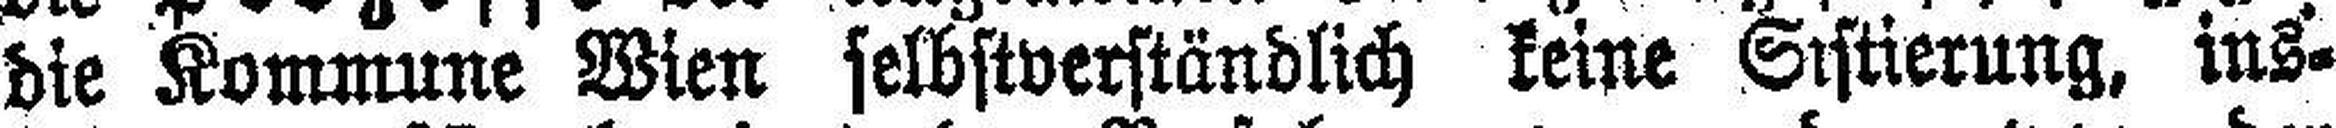
die Kommune Wien selbstverständlich keine Sistierung, ins¬